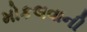
મોકલવાની